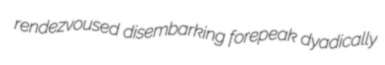
rendezvoused disembarking forepeak dyadically